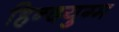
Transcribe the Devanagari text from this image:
हिन्दयुग्म